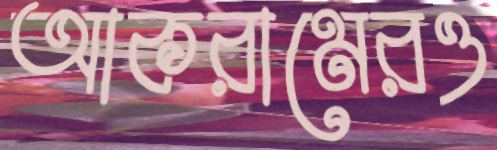
আকরামেরও